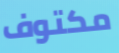
مكتوف